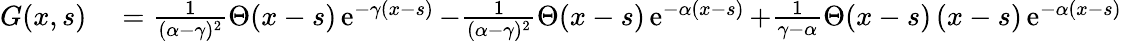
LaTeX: \begin{array}{rl}{G(x,s)}&{{}={\frac{1}{(\alpha-\gamma)^{2}}}\Theta(x-s)\operatorname{e}^{-\gamma(x-s)}-{\frac{1}{(\alpha-\gamma)^{2}}}\Theta(x-s)\operatorname{e}^{-\alpha(x-s)}+{\frac{1}{\gamma-\alpha}}\Theta(x-s)\, (x-s)\operatorname{e}^{-\alpha(x-s)}}\end{array}